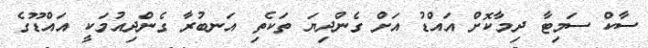
ސާކް ސަމިޓާ ދިމާކޮށް އައްޑު އަށް ގެންދިޔަ ތަކެތި އަނބުރާ ގެންދިއުމަކީ އައްޑޫގެ